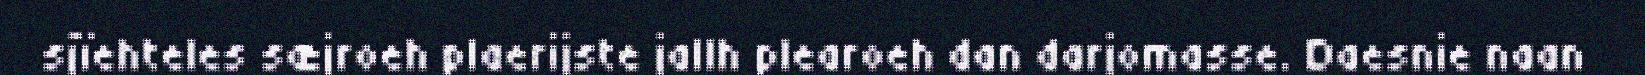
sjïehteles sæjroeh plaerijste jallh plearoeh dan darjomasse. Daesnie naan